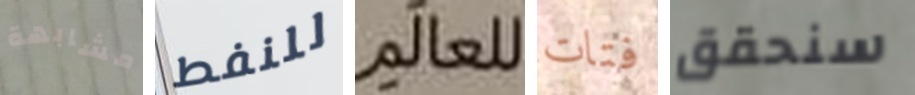
مشابهة للنفط للعالم فتات سنحقق